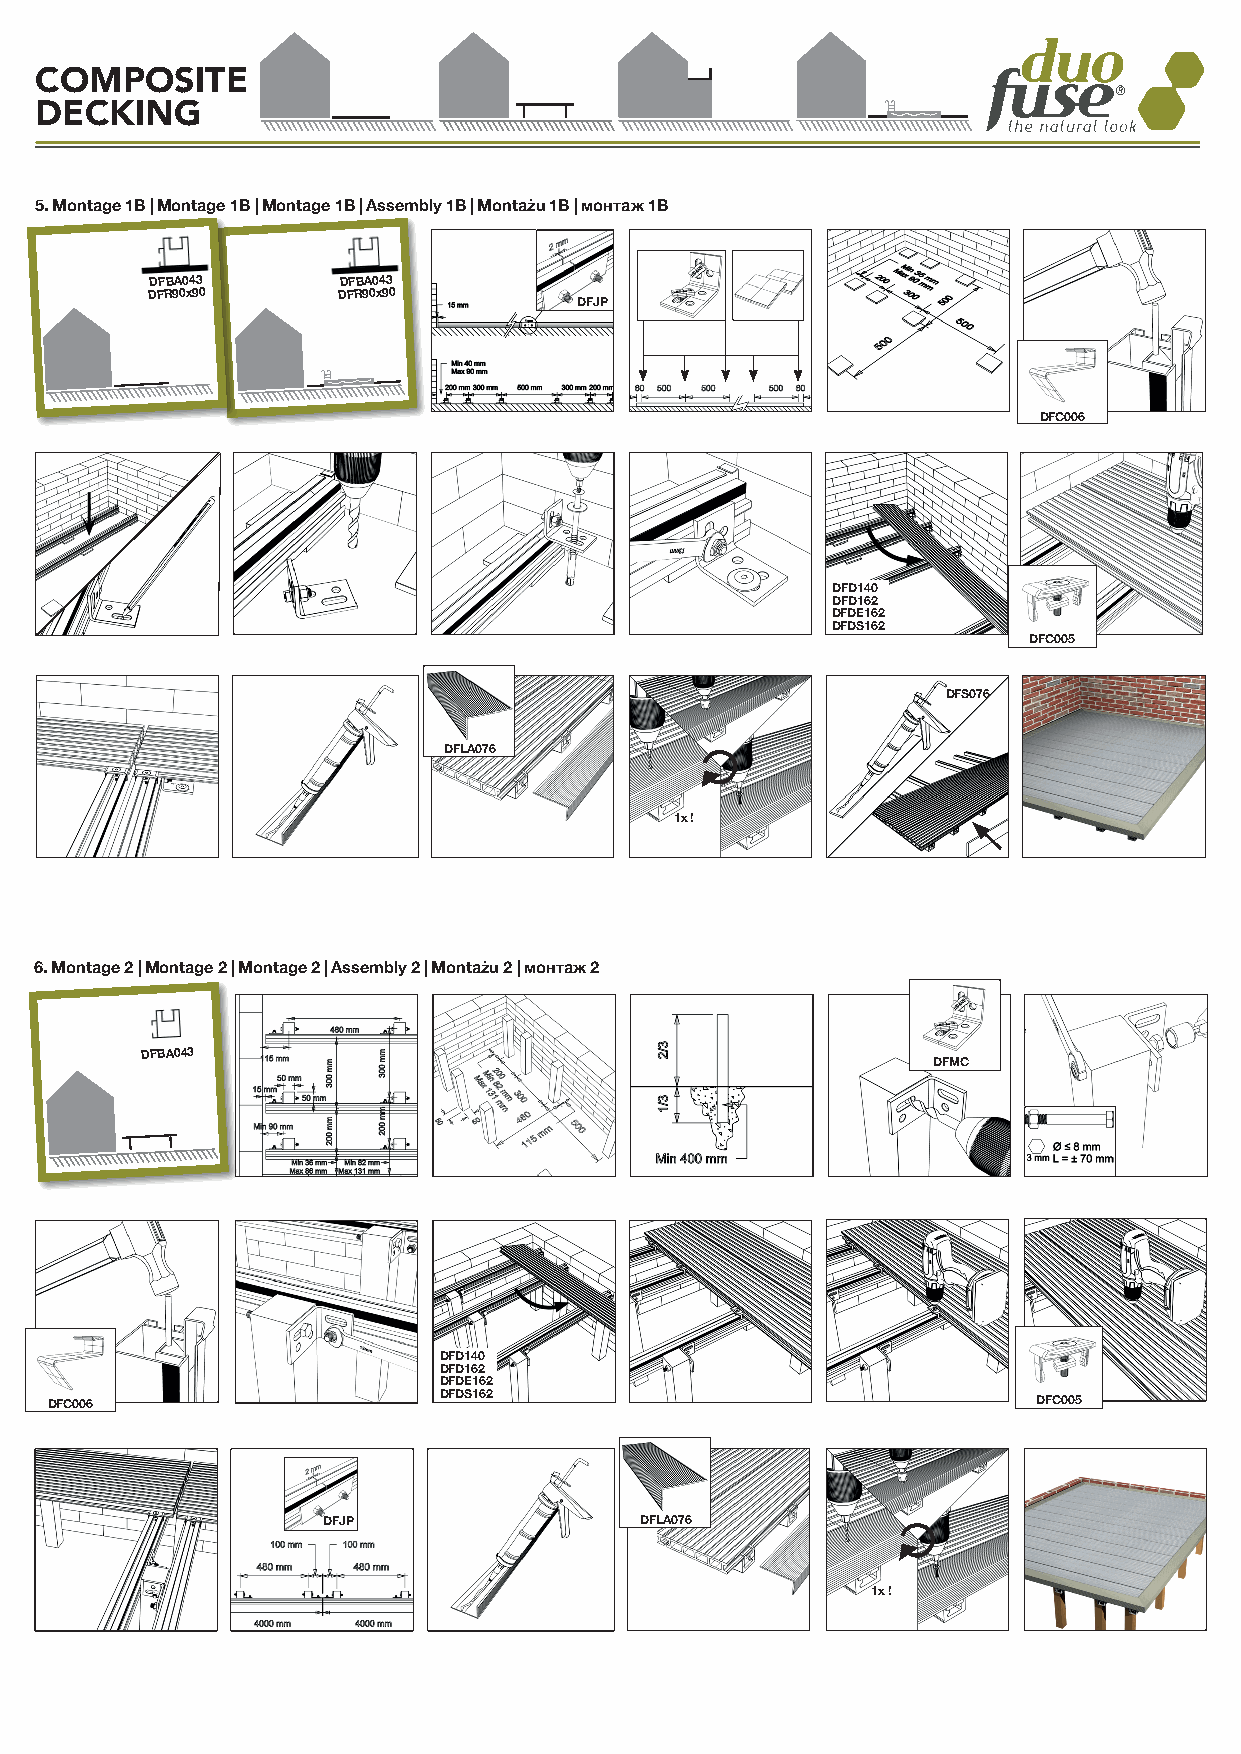
COMPOSITE
 DECKING
 5. Montage 1B | Montage 1B | Montage 1B | Assembly 1B | Montażu 1B | монтаж 1B
 DFBA043     DFBA043
 DFR90x90    DFR90x90
 DFJP
 DFC006
 DFD140
 DFD162
 DFDE162
 DFDS162
 DFC005
 DFS076
 DFLA076
 1x !
 6. Montage 2 | Montage 2 | Montage 2 | Assembly 2 | Montażu 2 | монтаж 2
 DFBA043
 DFMC
 DFD140
 DFD162
 DFDE162
 DFC006                    DFDS162                                 DFC005
 DFJP                 DFLA076
 1x !